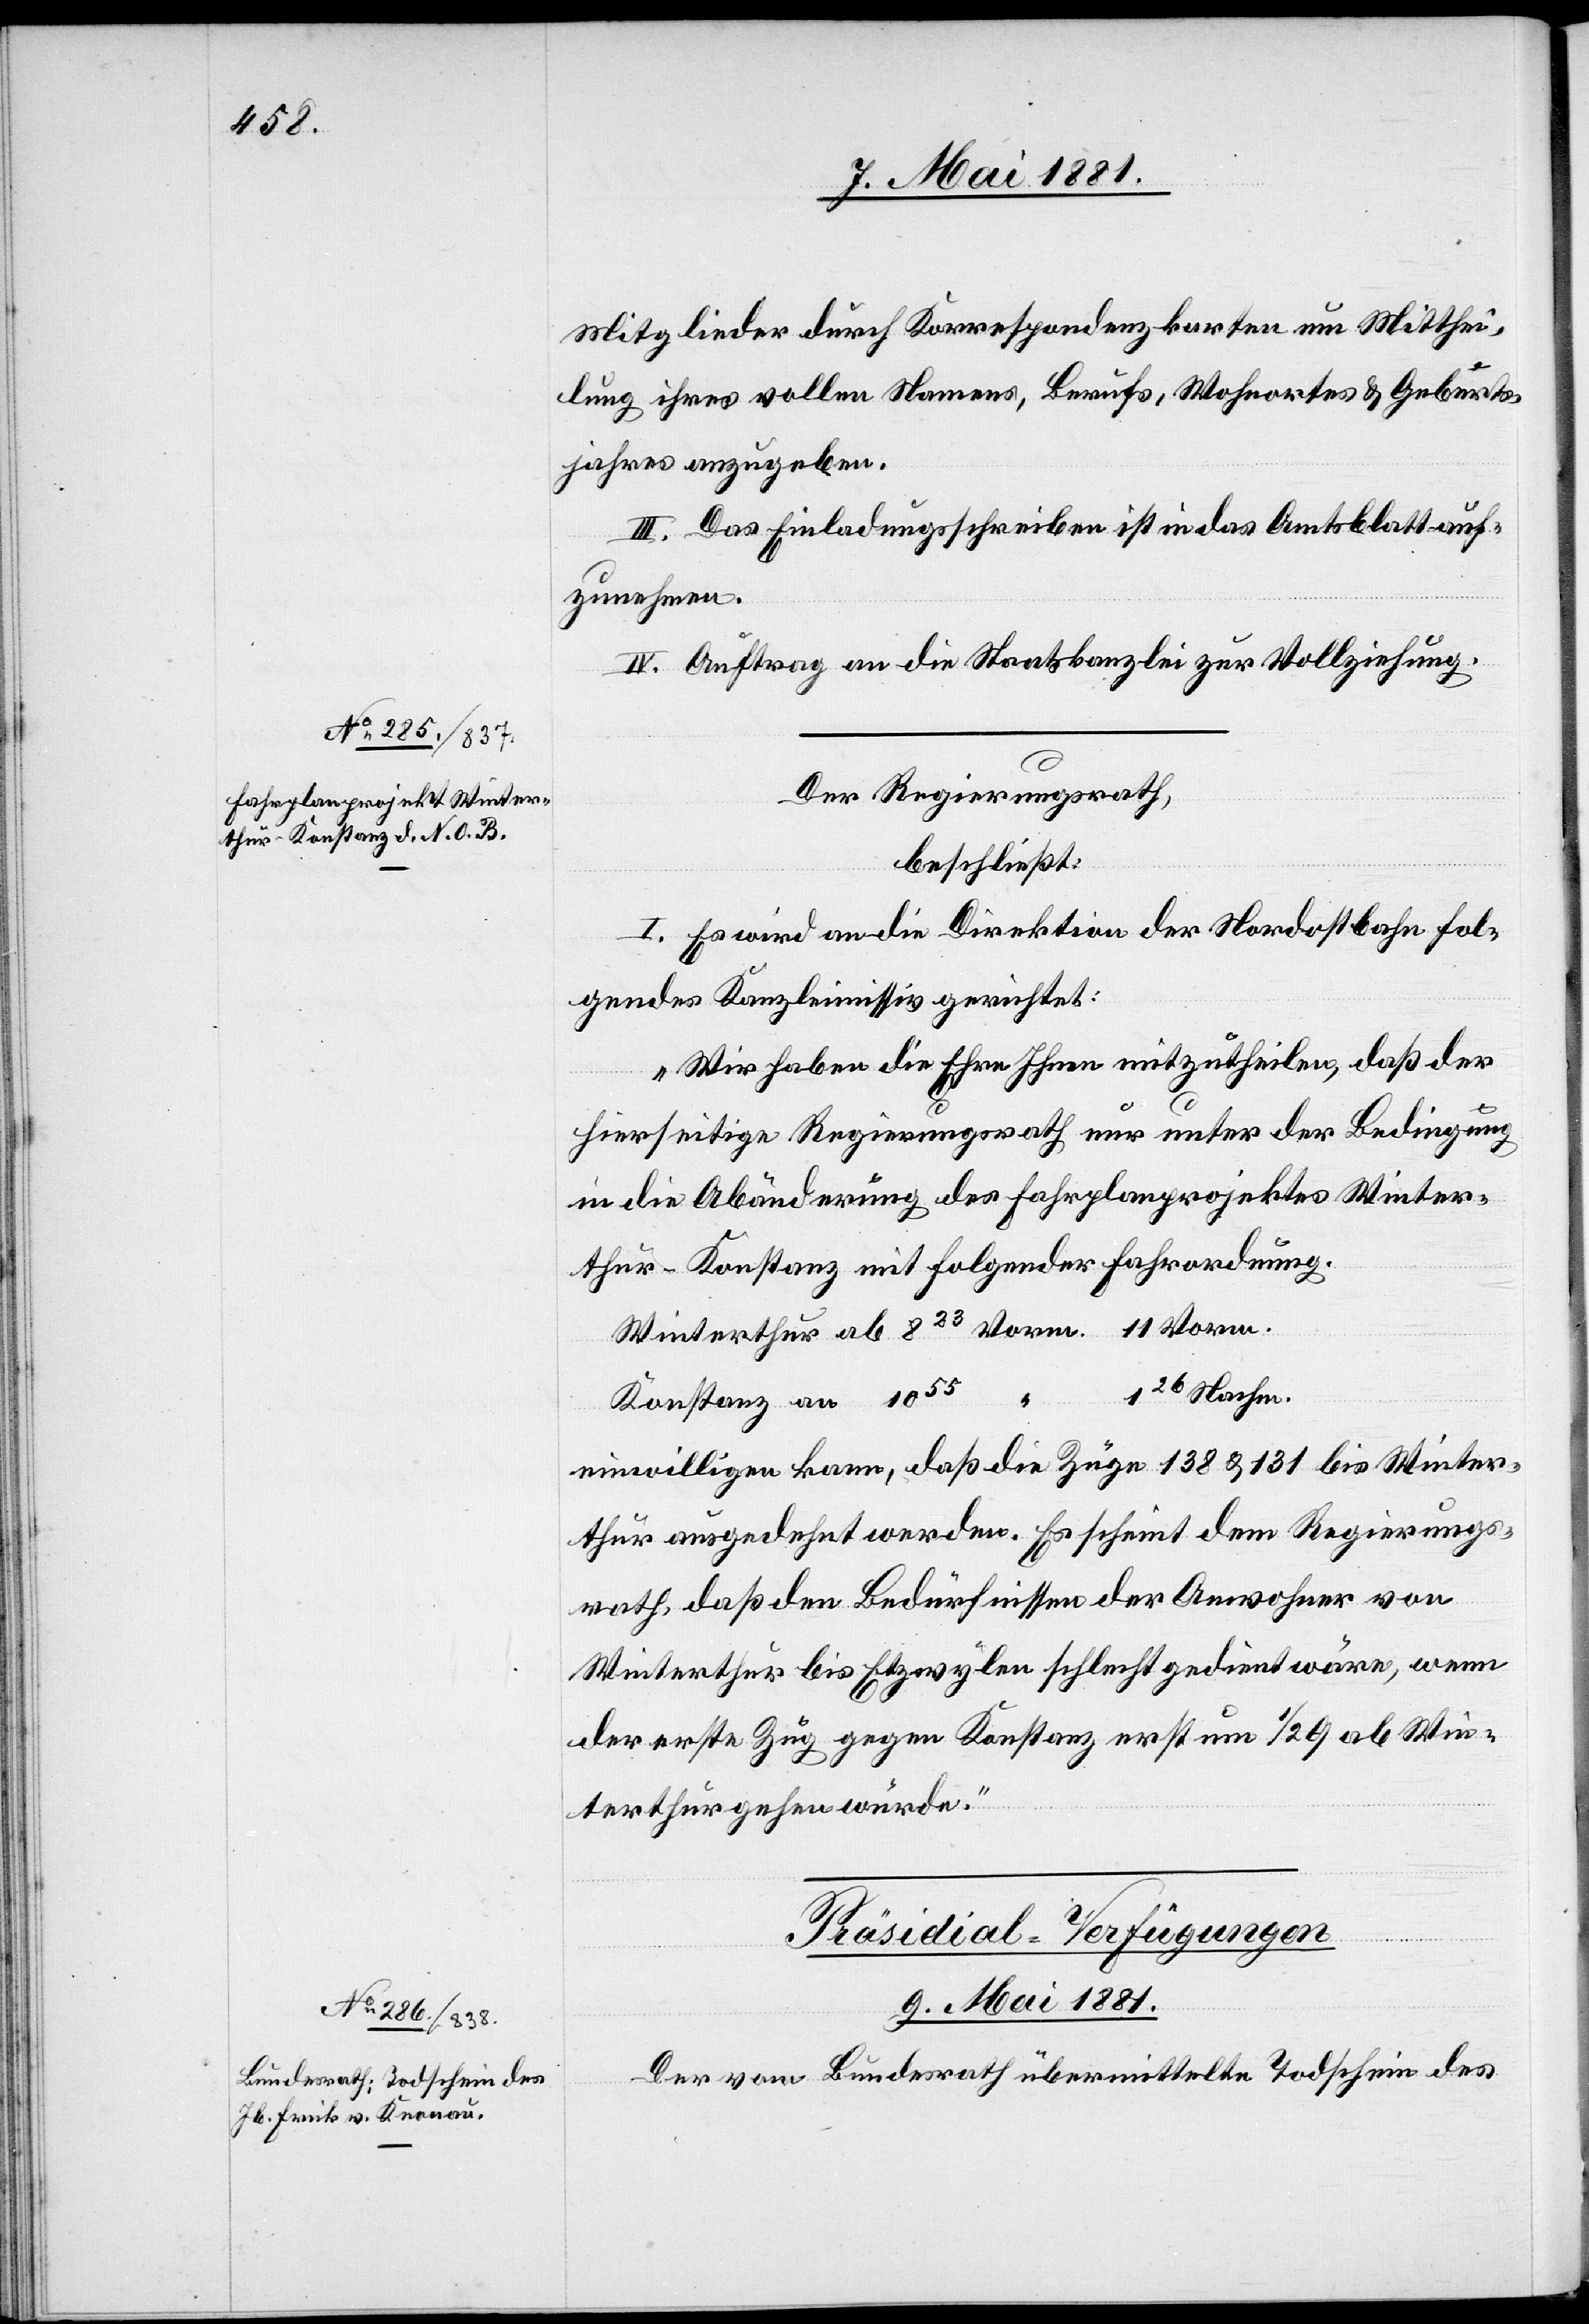
1055

Mitglieder durch Korrespondenzkarten um Mitthei¬
lung ihres vollen Namens, Berufs, Wohnortes & Geburts¬
jahres anzugeben.
III. Das Einladungsschreiben ist in das Amtsblatt auf¬
zunehmen.
IV. Auftrag an die Staatskanzlei zur Vollziehung.
Der Regierungsrath,
beschließt:
I. Es wird an die Direktion der Nordostbahn fol¬
gendes Kanzleimissiv gerichtet:
„Wir haben die Ehre Ihnen mitzutheilen, daß der
hierseitige Regierungsrath nur unter der Bedingung
in die Abänderung des Fahrplanprojektes Winter¬
thur–Konstanz mit folgender Fahrordnung,
126 Nachm.
Konstanz an
einwilligen kann, daß die Züge 138 & 131 bis Winter¬
thur ausgedehnt werden. Es scheint dem Regierungs¬
rath, daß den Bedürfnissen der Anwohner von
Winterthur bis Etzwylen schlecht gedient wäre, wenn
der erste Zug gegen Konstanz erst um 1/2 9 ab Win¬
terthur gehen würde.“
Präsidial-Verfügungen
9. Mai 1881.
Der vom Bundesrath übermittelte Todschein des